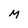
Character: M